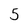
Character: 5